Civil Veterinary Dept. Assam report 1927-50 - 1927-1950
Year: 1927
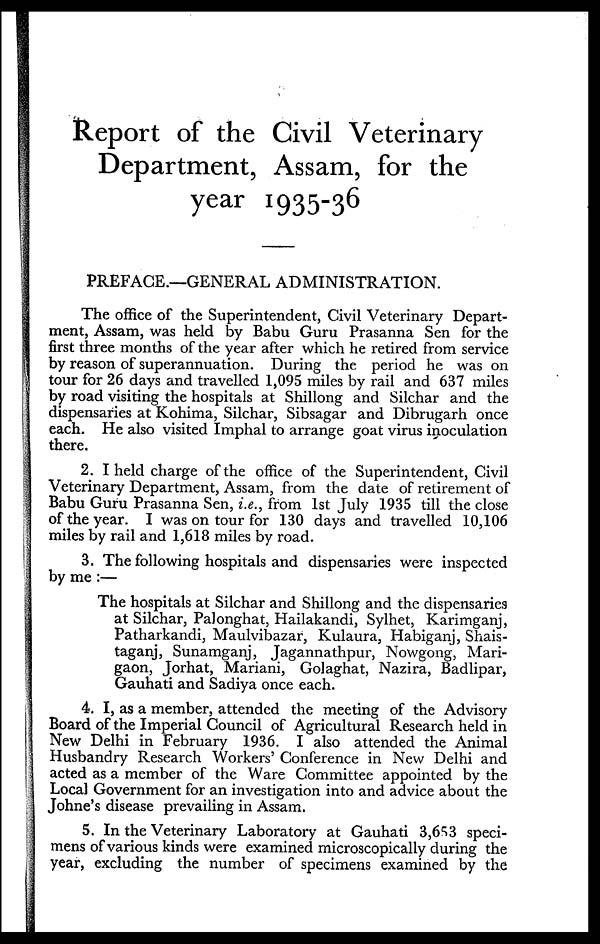
Report of the Civil Veterinary
Department, Assam, for the
year 1935-36
PREFACE.—GENERAL ADMINISTRATION.
The office of the Superintendent, Civil Veterinary Depart-
ment, Assam, was held by Babu Guru Prasanna Sen for the
first three months of the year after which he retired from service
by reason of superannuation. During the period he was on
tour for 26 days and travelled 1,095 miles by rail and 637 miles
by road visiting the hospitals at Shillong and Silchar and the
dispensaries at Kohima, Silchar, Sibsagar and Dibrugarh once
each. He also visited Imphal to arrange goat virus inoculation
there.
2. I held charge of the office of the Superintendent, Civil
Veterinary Department, Assam, from the date of retirement of
Babu Guru Prasanna Sen, i.e., from 1st July 1935 till the close
of the year. I was on tour for 130 days and travelled 10,106
miles by rail and 1,618 miles by road.
3. The following hospitals and dispensaries were inspected
by me :—
The hospitals at Silchar and Shillong and the dispensaries
at Silchar, Palonghat, Hailakandi, Sylhet, Karimganj,
Patharkandi, Maulvibazar, Kulaura, Habiganj, Shais-
taganj, Sunamganj, Jagannathpur, Nowgong, Mari-
gaon, Jorhat, Mariani, Golaghat, Nazira, Badlipar,
Gauhati and Sadiya once each.
4. I, as a member, attended the meeting of the Advisory
Board of the Imperial Council of Agricultural Research held in
New Delhi in February 1936. I also attended the Animal
Husbandry Research Workers' Conference in New Delhi and
acted as a member of the Ware Committee appointed by the
Local Government for an investigation into and advice about the
Johne's disease prevailing in Assam.
5. In the Veterinary Laboratory at Gauhati 3,653 speci-
mens of various kinds were examined microscopically during the
year, excluding the number of specimens examined by the